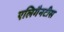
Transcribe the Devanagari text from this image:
एलिगैनटीस